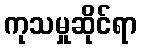
ကုသမှုဆိုင်ရာ